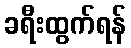
ခရီးထွက်ရန်